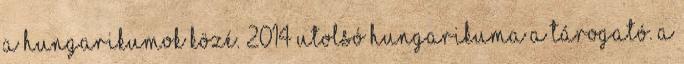
a hungarikumok közé. 2014 utolsó hungarikuma a tárogató. A